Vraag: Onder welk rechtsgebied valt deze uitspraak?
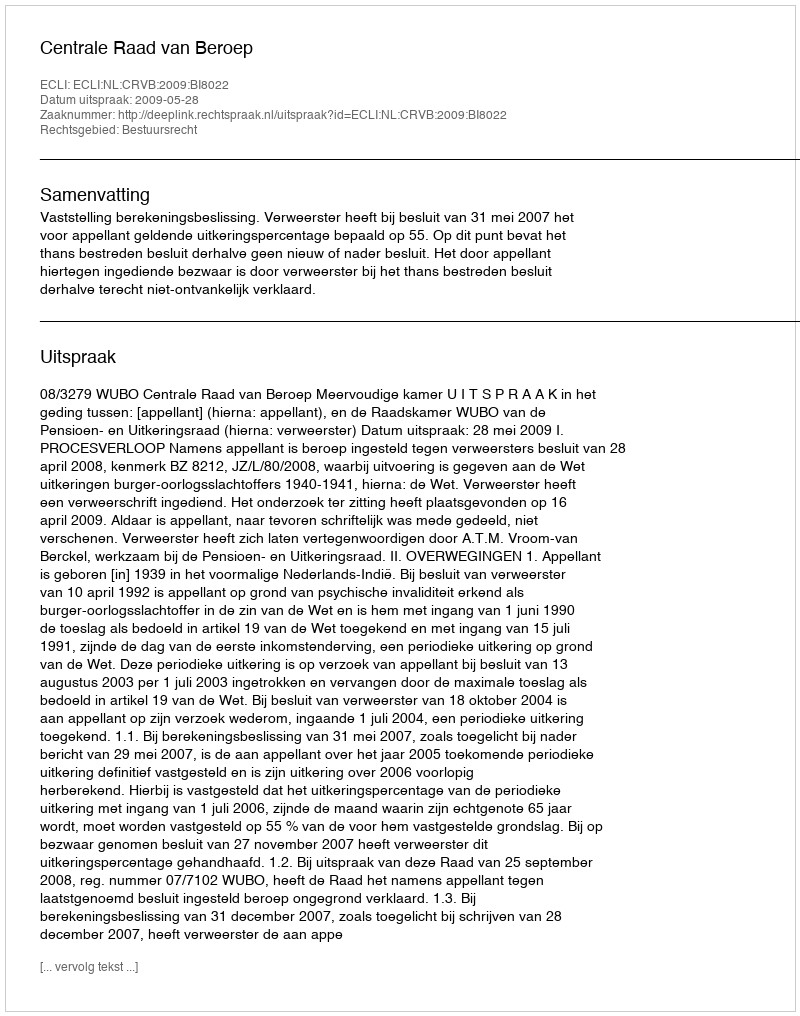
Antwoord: Bestuursrecht